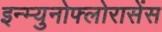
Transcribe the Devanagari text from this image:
इन्म्युनोफ्लोरासेंस